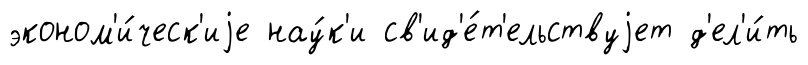
эконом'и́ческ'иjе нау́к'и св'ид'е́т'ельствуjет д'ел'и́ть